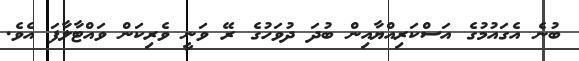
ބުނެ އެގައުމުގެ އަސްކަރިއްޔާއިން ބުދަ ދުވަހުގެ ރޭ ވަނީ ވެރިކަން ވައްޓާލާފަ އެވެ.